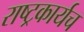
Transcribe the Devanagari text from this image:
राष्ट्रकार्यच